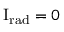
\mathrm { { I } } _ { \mathrm { { r a d } } } = 0